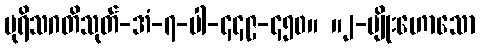
ပုရိသဂတိသုတ်-အံ-၇-ပါ-၄၄၉-၄၅၀။ ။၂-မျိုးဟောသော